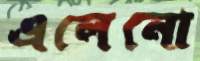
এলেনো